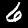
Digit: 6